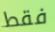
فقط